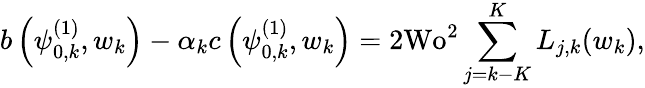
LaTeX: b\left(\psi_{0,k}^{(1)},w_{k}\right)-\alpha_{k}c\left(\psi_{0,k}^{(1)},w_{k}\right)=2\textrm{Wo}^{2}\sum_{j=k-K}^{K}L_{j,k}(w_{k}),